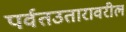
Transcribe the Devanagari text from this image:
पर्वतउतारावरील